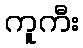
ကူကီး